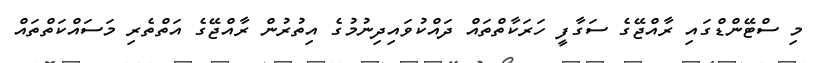
މި ސްޓޭންޑްގައި ރާއްޖޭގެ ސަގާފީ ހަރަކާތްތައް ދައްކުވައިދިނުމުގެ އިތުރުން ރާއްޖޭގެ އަތްތެރި މަސައްކަތްތައް